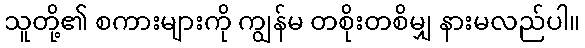
သူတို့၏ စကားများကို ကျွန်မ တစိုးတစိမျှ နားမလည်ပါ။